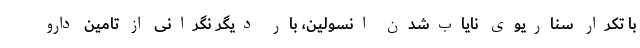
با تکرار سناریوی نایاب‌شدن انسولین، بار دیگر نگرانی از تامین دارو